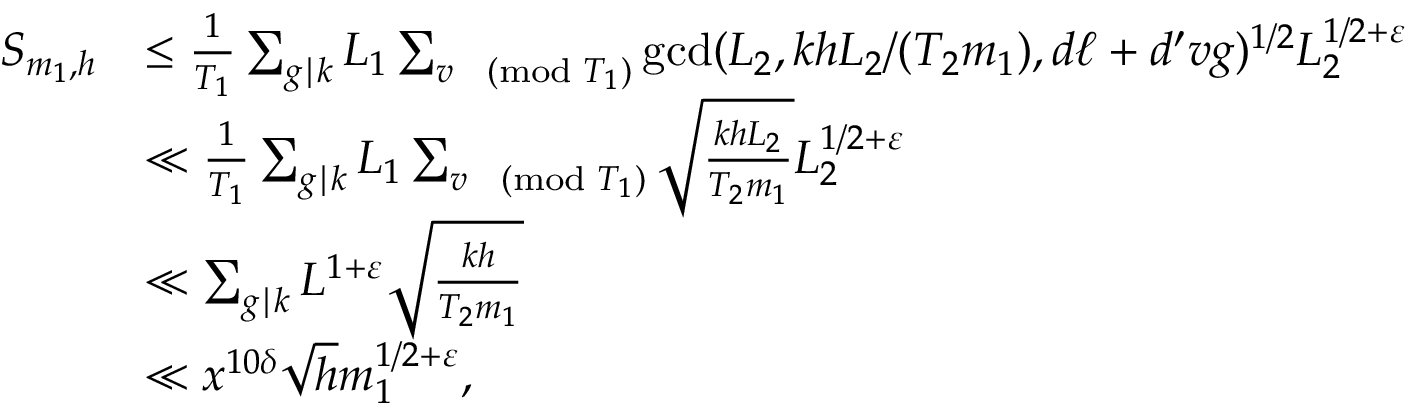
\begin{array} { r l } { S _ { m _ { 1 } , h } } & { \le \frac { 1 } { T _ { 1 } } \sum _ { g \mid k } L _ { 1 } \sum _ { v \pmod { T _ { 1 } } } \operatorname* { g c d } ( L _ { 2 } , k h L _ { 2 } / ( T _ { 2 } m _ { 1 } ) , d \ell + d ^ { \prime } v g ) ^ { 1 / 2 } L _ { 2 } ^ { 1 / 2 + \varepsilon } } \\ & { \ll \frac { 1 } { T _ { 1 } } \sum _ { g \mid k } L _ { 1 } \sum _ { v \pmod { T _ { 1 } } } \sqrt { \frac { k h L _ { 2 } } { T _ { 2 } m _ { 1 } } } L _ { 2 } ^ { 1 / 2 + \varepsilon } } \\ & { \ll \sum _ { g \mid k } L ^ { 1 + \varepsilon } \sqrt { \frac { k h } { T _ { 2 } m _ { 1 } } } } \\ & { \ll x ^ { 1 0 \delta } \sqrt { h } m _ { 1 } ^ { 1 / 2 + \varepsilon } , } \end{array}